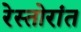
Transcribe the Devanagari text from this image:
रेस्तोरांत